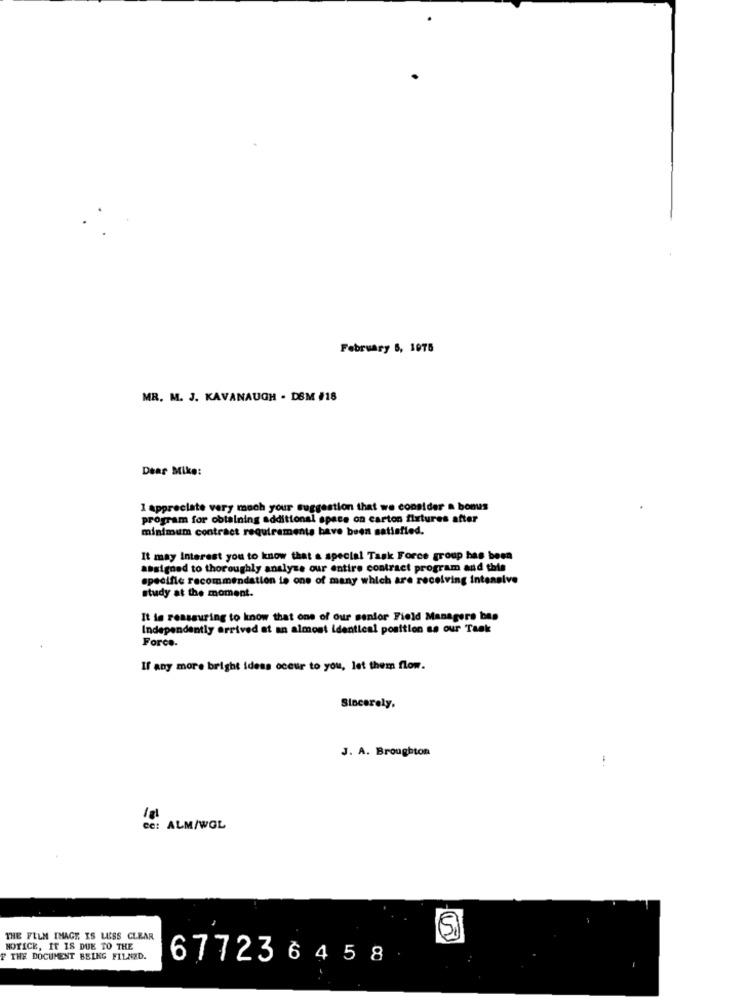
February 5, 1075
MR. M. J. KAVANAUGH . DSM #18
Dear Mike:
1 appreciate very much your suggestion that we consider a bonus
program for obtaining additional space on carton fixtures after
minimum contract requirements have been satisfied.
It may interest you to know that a special Task Force group has been
assigned to thoroughly analyze our entire contract program and this
specific recommendation is one of many which are receiving intensive
study at the moment.
It is reassuring to know that one of our senior Field Managers bes
Independently arrived at an almost identical position as our Task
Force.
If any more bright ideas occur to you, let them flom.
Sincerely,
J. A. Broughton
cc: ALM/WOL
THE FILM IMAGE IS LESS CLEAR
NOTICE, IT IS DUE TO THE
F THE DOCUMENT BEING FILNZD.
677236458